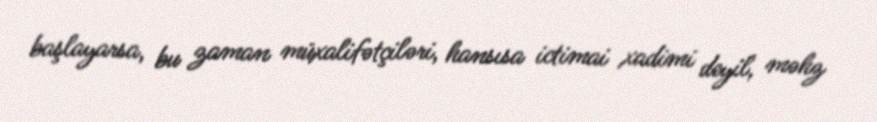
başlayarsa, bu zaman müxalifətçiləri, hansısa ictimai xadimi deyil, məhz